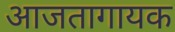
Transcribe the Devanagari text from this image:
आजतागायक